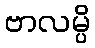
ဗာလမ္ပိ